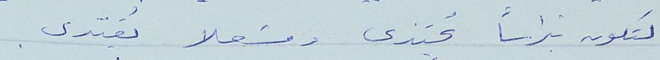
لتكون نبراساً يُحتذى ومشعلا يُقتدى.